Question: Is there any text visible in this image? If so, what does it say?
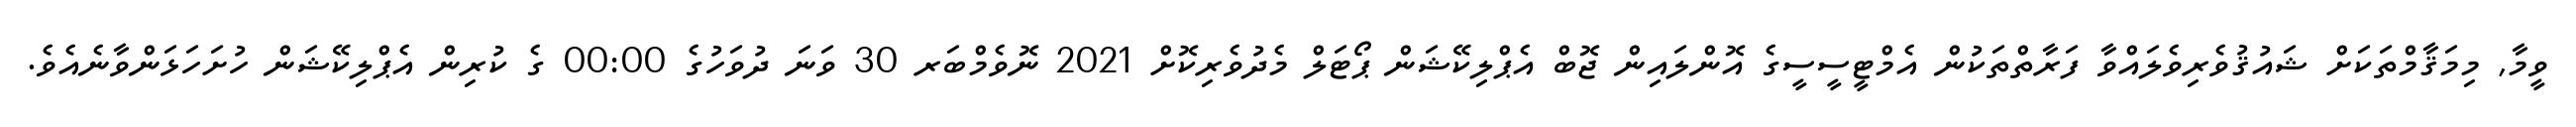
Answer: ވީމާ, މިމަޤާމްތަކަށް ޝައުޤުވެރިވެލައްވާ ފަރާތްތަކުން އެމްޓީސީސީގެ އޮންލައިން ޖޮބް އެޕްލިކޭޝަން ޕޯޓަލް މެދުވެރިކޮށް 2021 ނޮވެމްބަރ 30 ވަނަ ދުވަހުގެ 00:00 ގެ ކުރިން އެޕްލިކޭޝަން ހުށަހަޅަންވާނެއެވެ.